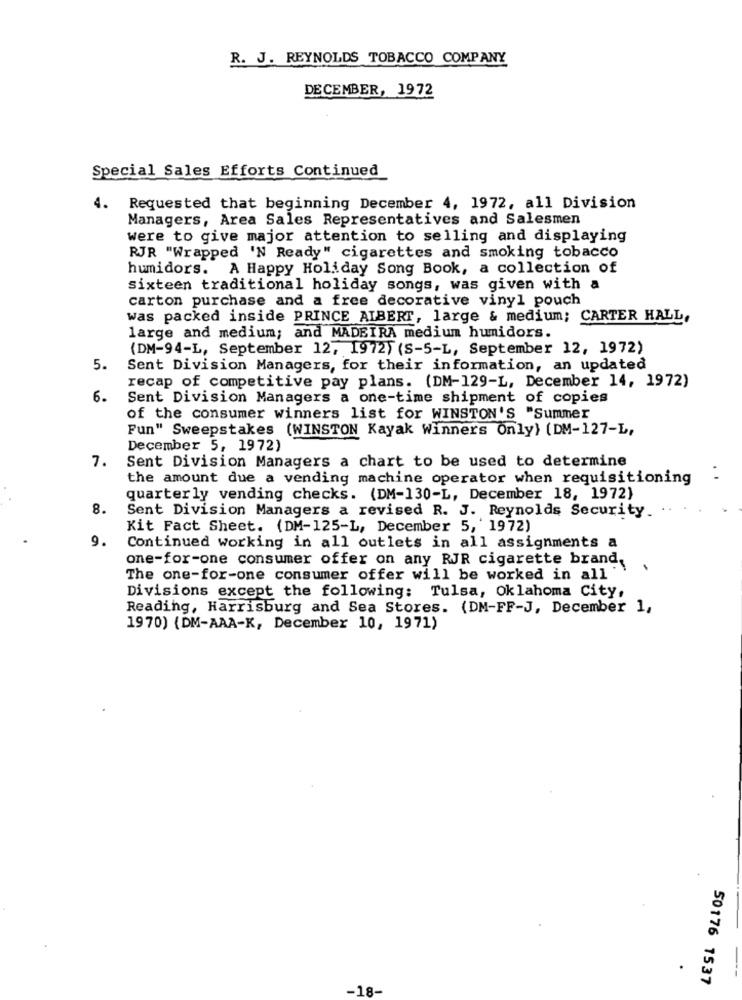
R. J. REYNOLDS TOBACCO COMPANY
DECEMBER, 1972
Special Sales Efforts Continued
4. Requested that beginning December 4, 1972, all Division
Managers, Area Sales Representatives and Salesmen
were to give major attention to selling and displaying
RJR "Wrapped 'N Ready" cigarettes and smoking tobacco
humidors. A Happy Holiday Song Book, a collection of
sixteen traditional holiday songs, was given with a
carton purchase and a free decorative vinyl pouch
was packed inside PRINCE ALBERT, large & medium; CARTER HALL,
large and medium; and MADEIRA medium humidors.
(DM-94-L, September 12, 1972) (S-5-L, September 12, 1972)
5.
Sent Division Managers, for their information, an updated
recap of competitive pay plans. (DM-129-L, December 14, 1972)
6.
Sent Division Managers a one-time shipment of copies
of the consumer winners list for WINSTON'S "Summer
Fun" Sweepstakes (WINSTON Kayak Winners Only) (DM-127-L,
December 5, 1972)
7.
Sent Division Managers a chart to be used to determine
the amount due a vending machine operator when requisitioning
quarterly vending checks. (DM-130-L, December 18, 1972)
8.
Sent Division Managers a revised R. J. Reynolds Security.
Kit Fact Sheet. (DM-125-L, December 5, 1972)
9.
Continued working in all outlets in all assignments a
one-for-one consumer offer on any RJR cigarette brand,
The one-for-one consumer offer will be worked in all "
Divisions except the following: Tulsa, Oklahoma City,
Reading, Harrisburg and Sea Stores. (DM-FF-J, December 1,
1970) (DM-AAA-K, December 10, 1971)
50176 1537
-18-